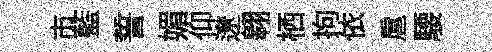
市藍誓媚仰遼翱栖拘依扈騕